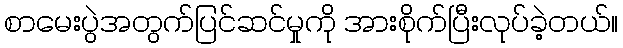
စာမေးပွဲအတွက်ပြင်ဆင်မှုကို အားစိုက်ပြီးလုပ်ခဲ့တယ်။